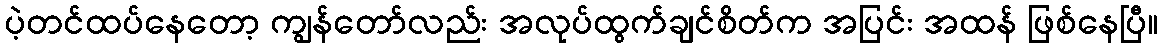
ပဲ့တင်ထပ်နေတော့ ကျွန်တော်လည်း အလုပ်ထွက်ချင်စိတ်က အပြင်း အထန် ဖြစ်နေပြီ။